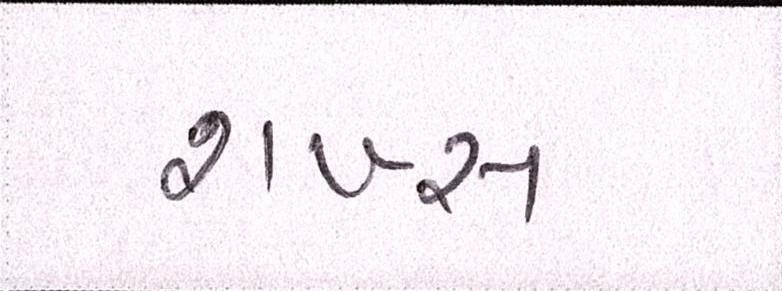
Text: શખ્સ